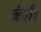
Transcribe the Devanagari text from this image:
डेग्री